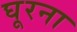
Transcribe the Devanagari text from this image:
घूरना